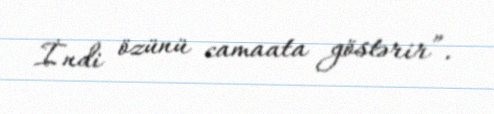
İndi özünü camaata göstərir”.